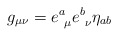
\begin{align*}g_{\mu \nu} = e^a_{~\mu} e^b_{~\nu} \eta_{a b}\end{align*}